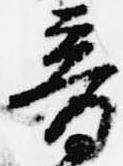
音